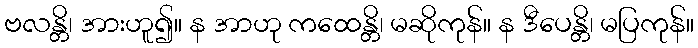
ဗလန္တိ၊ အားဟူ၍။ န အာဟု ကထေန္တိ၊ မဆိုကုန်။ န ဒီပေန္တိ၊ မပြကုန်။